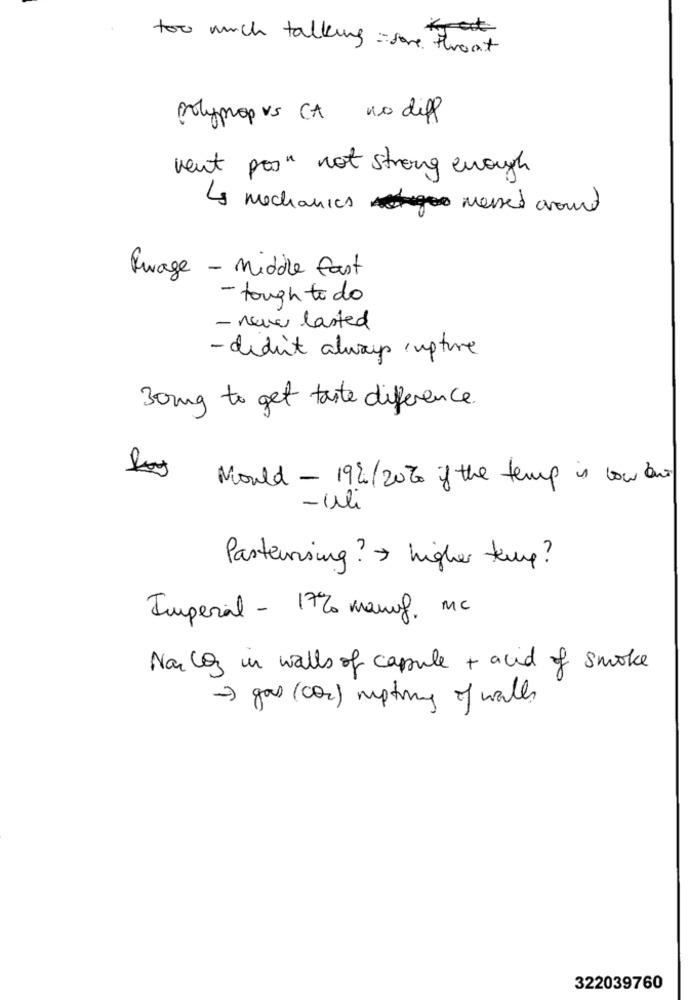
too much talking = sore throat
Polymop us CA no diff
veut pas" not strong enough
La mechanics messed around
Rwage - Middle East
- tough todo
- neve lasted
- didn't always rupture
30mg to get taste difference.
Mould - 19%/20% if the temp is low but
- Il
Pasteursing? > higher temp ?
Imperial - 17% manuf. MC
Na log in walls of capsule + acid of smoke
-> gos (co2) mptmy of wall
322039760